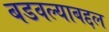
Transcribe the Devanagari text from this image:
बडवल्याबद्दल